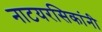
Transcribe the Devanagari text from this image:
नाटयरसिकांनी